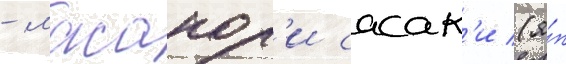
- масанор'и сасак'и (я́п